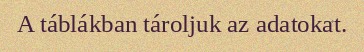
A táblákban tároljuk az adatokat.